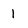
Character: 1